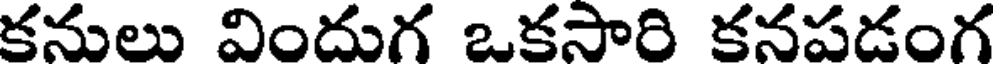
కనులు విందుగ ఒకసారి కనపడంగ